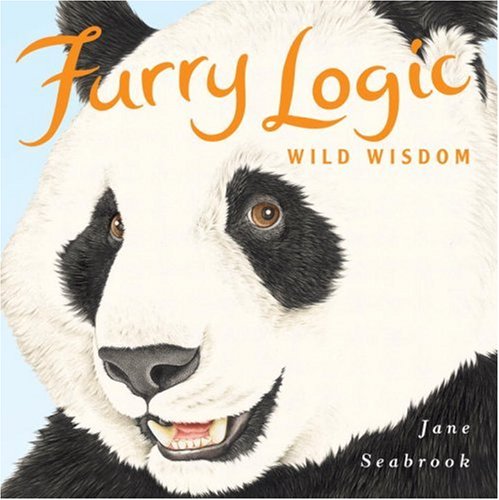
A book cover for Furry Logic Wild Wisdom; Jane Seabrook; Humor & Entertainment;